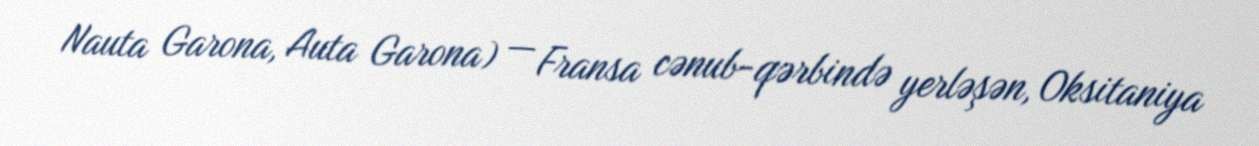
Nauta Garona, Auta Garona) — Fransa cənub-qərbində yerləşən, Oksitaniya